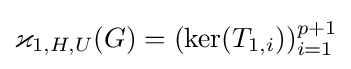
\varkappa _{1,H,U}(G)=(\ker(T_{1,i}))_{i=1}^{p+1}